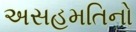
અસહમતિનો